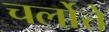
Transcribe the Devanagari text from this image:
चर्लोत्ते